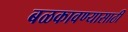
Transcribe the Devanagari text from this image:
बळकावण्यासाठी